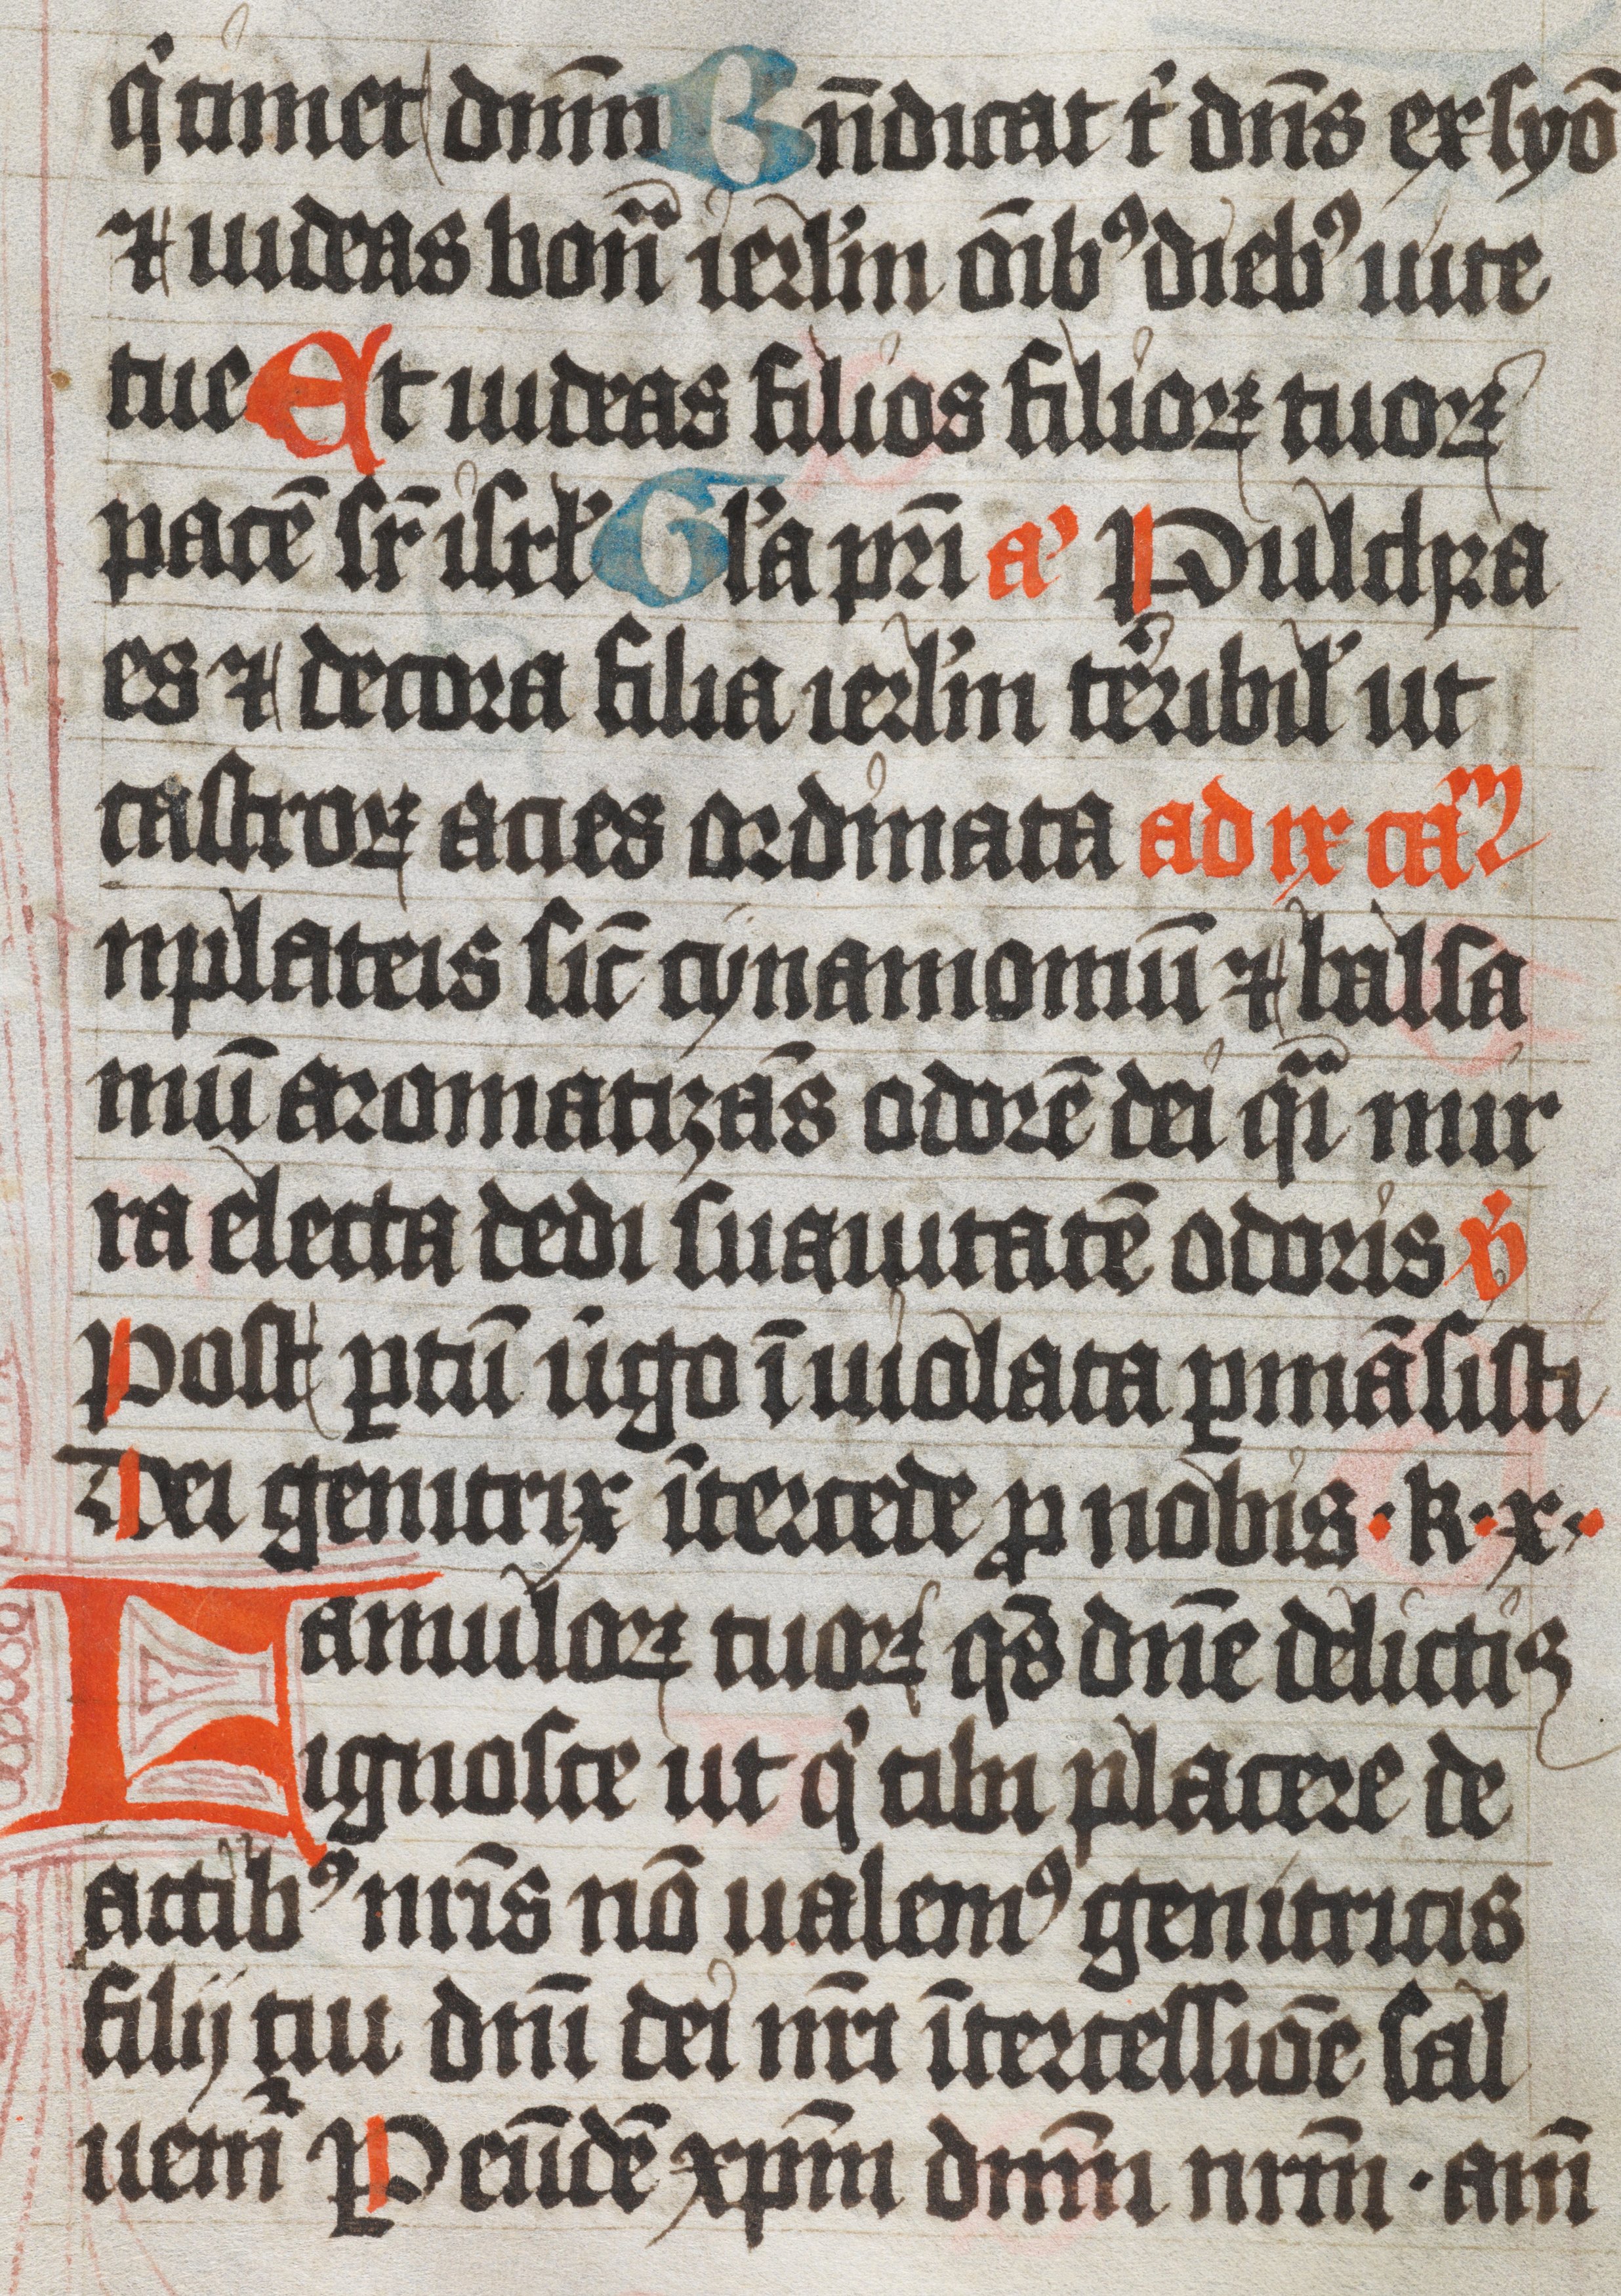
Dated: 1450–1530